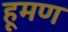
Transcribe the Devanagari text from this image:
हूमण